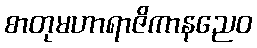
စာတုမဟာရာဇိကာနညေဝ